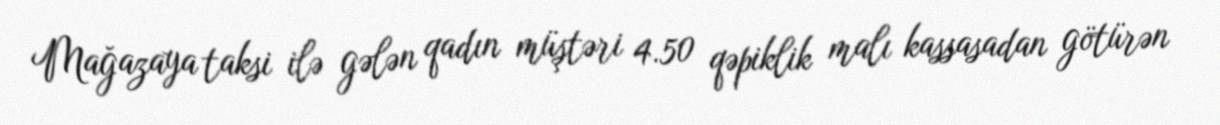
Mağazaya taksi ilə gələn qadın müştəri 4.50 qəpiklik malı kassasadan götürən